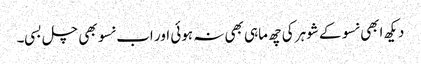
دیکھ ابھی نسو کے شوہر کی چھ ماہی بھی نہ ہوئی اور اب نسو بھی چل بسی۔